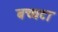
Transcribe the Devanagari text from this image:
बच्चटा